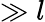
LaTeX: \gg l